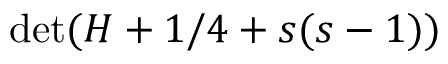
\operatorname* { d e t } ( H + 1 / 4 + s ( s - 1 ) )